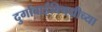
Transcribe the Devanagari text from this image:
दुर्गाबाईंविषयीच्या